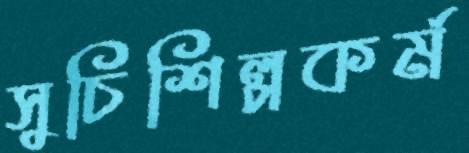
সুচিশিল্পকর্ম